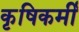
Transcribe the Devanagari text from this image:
कृषिकर्मी